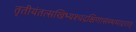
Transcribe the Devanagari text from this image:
तृतीयंतत्सखिभ्यश्चदक्षिणासंस्थमादरात्